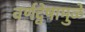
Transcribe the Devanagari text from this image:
वर्णद्वेषामुळे